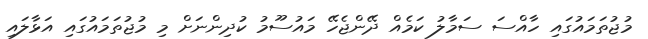
މުޖުތަމައުގައި ހާއްސަ ސަމާލު ކަމެއް ދޭންޖެހޭ މައުސޫމު ކުދިންނަށް މި މުޖުތަމައުގައި އަޅާލައި